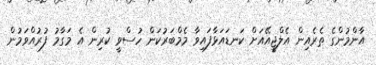
އާންމުންގެ ތެރެއިން އެލްޖީއޭއަށް ކަނޑައަޅާފައިވާ މެމްބަރުކަން ހުސްވީ ކުރިން އެ މަގާމު ފުރުއްވަމުން